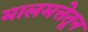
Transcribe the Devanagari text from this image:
मालमत्तेतून